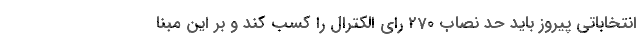
انتخاباتی پیروز باید حد نصاب 270 رای الکترال را کسب کند و بر این مبنا